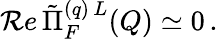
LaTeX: \mathcal{R}e\, \tilde{{\Pi}}_{F}^{(q)\, L}(Q)\simeq0\, .